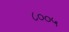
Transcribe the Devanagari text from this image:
८००५